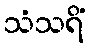
သံသရိံ